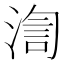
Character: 渹